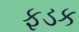
ફડક